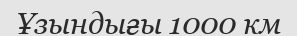
Ұзындығы 1000 км